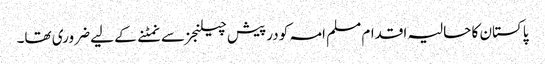
پاکستان کا حالیہ اقدام مسلم امہ کو درپیش چیلنجز سے نمٹنے کے لیے ضروری تھا۔